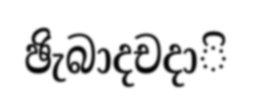
ඡිැබාදචදාි